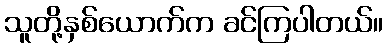
သူတို့နှစ်ယောက်က ခင်ကြပါတယ်။